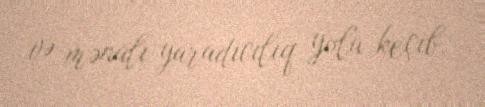
və mənalı yaradıcılıq yolu keçib.